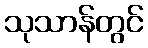
သုသာန်တွင်